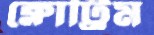
ক্লোট্রিম